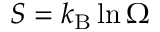
S = k _ { \mathrm { B } } \ln \Omega